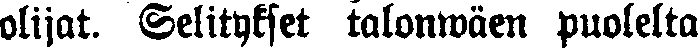
olijat. Selitykset talonwäen puolelta